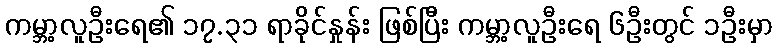
ကမ္ဘာ့လူဦးရေ၏ ၁၇.၃၁ ရာခိုင်နှုန်း ဖြစ်ပြီး ကမ္ဘာ့လူဦးရေ ၆ဦးတွင် ၁ဦးမှာ